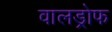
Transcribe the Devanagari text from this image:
वालड्रोफ